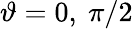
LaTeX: \vartheta=0,~\pi/2